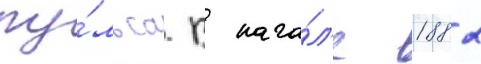
пу́льса. В нача́л'е 1882